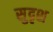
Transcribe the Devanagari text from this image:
सुदृश